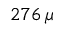
2 7 6 \, \mu